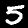
Digit: 5